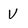
Character: V